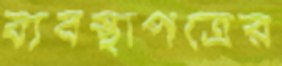
ব্যবস্থাপত্রের